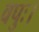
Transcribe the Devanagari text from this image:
वपुः।